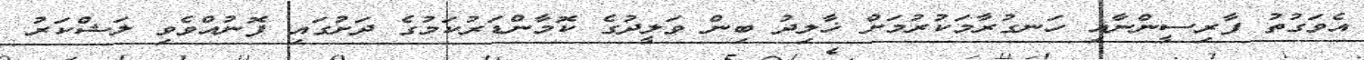
އެވަގުތު ފާރިސީންނާއި ހަނގުރާމަކުރުމަށް ޚާލިދު ބިން ވަލީދުގެ ކޮމާންޑަރުކަމުގެ ދަށުގައި ފޮނުއްވެވި ލަޝްކަރު